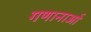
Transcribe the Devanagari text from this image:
गणानाओं